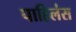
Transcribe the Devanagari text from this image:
पाहिलंस